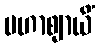
မဟာဈာယိံ